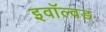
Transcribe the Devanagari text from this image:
इवॉल्वड